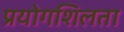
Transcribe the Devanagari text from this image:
प्रयोगशिलता